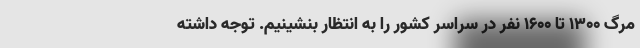
مرگ 1300 تا 1600 نفر در سراسر کشور را به انتظار بنشینیم. توجه داشته